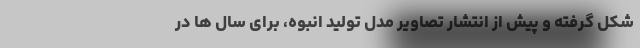
شکل گرفته و پیش از انتشار تصاویر مدل تولید انبوه، برای سال ها در